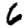
Digit: 6